Report on plague in the Punjab from October 1st ... to September 30th ..., being the ... season of plague in the province
Disease focus: Plague
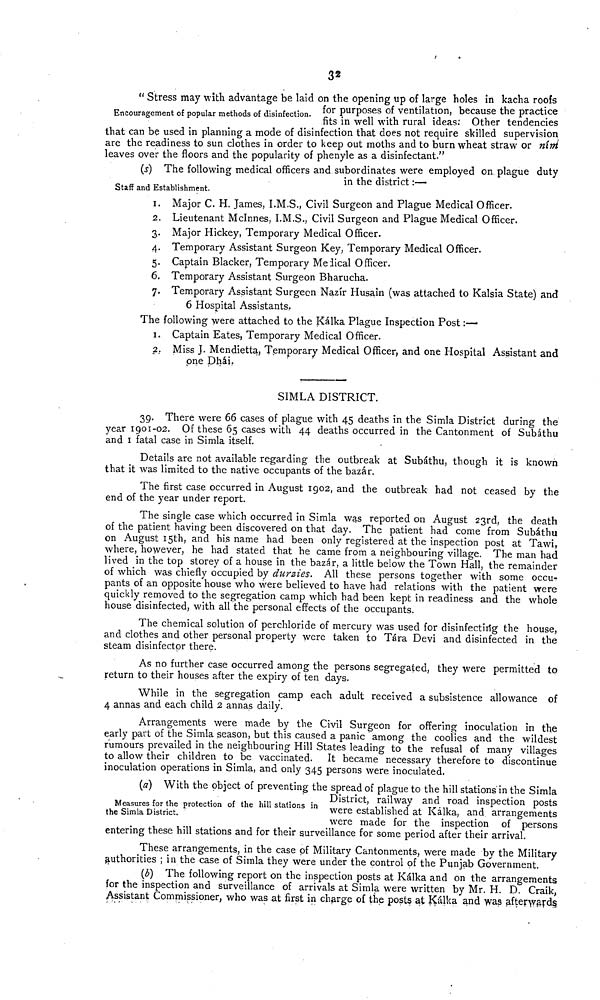
Encouragement of popular methods of disinfection.
" Stress may with advantage be laid on the opening up of large holes in kacha roofs
for purposes of ventilation, because the practice
fits in well with rural ideas: Other tendencies
that can be used in planning a mode of disinfection that does not require skilled supervision,
are the readiness to sun clothes in order to keep out moths and to burn wheat straw or nim
leaves over the floors and the popularity of phenyle as a disinfectant."
Staff and Establishment.
(s) The following medical officers and subordinates were employed on plague duty
in the district :—
1. Major C. H. James, I.M.S., Civil Surgeon and Plague Medical Officer.
2. Lieutenant Mclnnes, I.M.S., Civil Surgeon and Plague Medical Officer.
3. Major Hickey, Temporary Medical Officer.
4. Temporary Assistant Surgeon Key, Temporary Medical Officer.
5. Captain Blacker, Temporary Medical Officer.
6. Temporary Assistant Surgeon Bharucha.
7. Temporary Assistant Surgeon Nazir Husain (was attached to Kalsia State) and
6 Hospital Assistants.
The following were attached to the Kálka Plague Inspection Post :-—
1. Captain Eates, Temporary Medical Officer.
2. Miss J. Mendietta, Temporary Medical Officer, and one Hospital Assistant and
one Dhái.
SIMLA DISTRICT.
39. There were 66 cases of plague with 45 deaths in the Simla District during the
year 1901-02. Of these 65 cases with 44 deaths occurred in the Cantonment of Subáthu
and I fatal case in Simla itself.
Details are not available regarding the outbreak at Subáthu, though it is known
that it was limited to the native occupants of the bazar.
The first case occurred in August 1902, and the outbreak had not ceased by the
end of the year under report.
The single case which occurred in Simla was reported on August 23rd, the death
of the patient having been discovered on that day. The patient had come from Subáthu
on August 15th, and his name had been only registered at the inspection post at Tawi,
where, however, he had stated that he came from a neighbouring village. The man had
lived in the top storey of a house in the bazar, a little below the Town Hall, the remainder
of which was chiefly occupied by durzies. All these persons together with some occu-
pants of an opposite house who were believed to have had relations with the patient were
quickly removed to the segregation camp which had been kept in readiness and the whole
house disinfected, with all the personal effects of the occupants.
The chemical solution of perchloride of mercury was used for disinfecting the house,
and clothes and other personal property were taken to Tara Devi and disinfected in the
steam disinfector there.
As no further case occurred among the persons segregated, they were permitted to
return to their houses after the expiry of ten days.
While in the segregation camp each adult received a subsistence allowance of
4 annas and each child 2 annas daily.
Arrangements were made by the Civil Surgeon for offering inoculation in the
early part of the Simla season, but this caused a panic " among the coolies and the wildest
rumours prevailed in the neighbouring Hill States leading to the refusal of many villages
to allow their children to be vaccinated. It became necessary therefore to discontinue
inoculation operations in Simla, and only 345 persons were inoculated.
Measures for the protection of the hill stations in
the Simla District.
(a) With the object of preventing the spread of plague to the hill stations in the Simla
District, railway and road inspection posts
were established at Kálka, and arrangements
were made for the inspection of persons
entering these hill stations and for their surveillance for some period after their arrival.
These arrangements, in the case of Military Cantonments, were made by the Military
authorities ; in the case of Simla they were under the control of the Punjab Government.
(b) The following report on the inspection posts at Kálka and on the arrangements
for the inspection and surveillance of arrivals at Simla were written by Mr. H. D. Craik,
Assistant Commissioner, who was at first in charge of the posts at Kálka and was afterwards